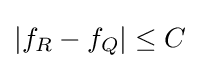
|f_{R}-f_{Q}|\leq C